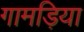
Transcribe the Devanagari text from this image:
गामड़िया